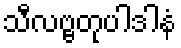
သီလဗ္ဗတုပါဒါနံ